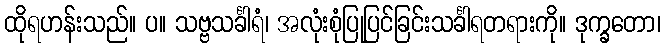
ထိုရဟန်းသည်။ ပ။ သဗ္ဗသင်္ခါရံ၊ အလုံးစုံပြုပြင်ခြင်းသင်္ခါရတရားကို။ ဒုက္ခတော၊